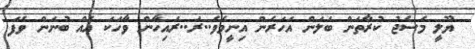
ޔޫލީ މެސެޖު ކުރާތަން ބަލަން އަހަރެން އިނީމެވެ..ރަ..ރައިހާން ވާހަކަ އެއް ބުނަން ވެފަ